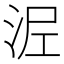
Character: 𭰖